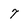
Character: 7